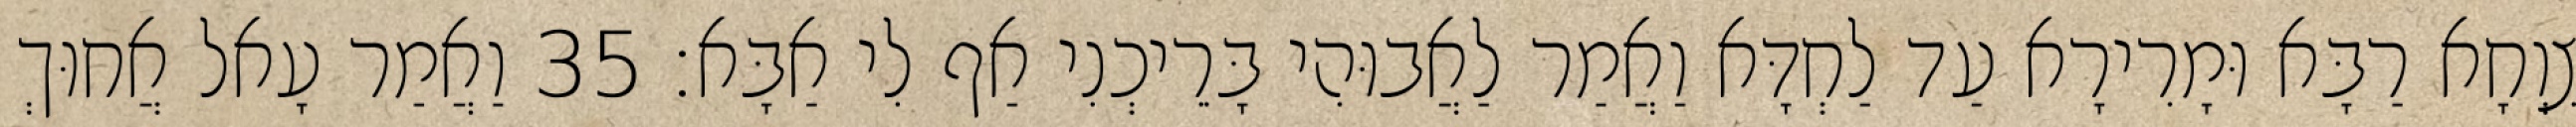
צִוְחָא רַבָּא וּמָרִירָא עַד לַחְדָּא וַאֲמַר לַאֲבוּהִי בָּרֵיכְנִי אַף לִי אַבָּא׃ 35 וַאֲמַר עָאל אֲחוּךְ